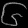
Digit: ၆